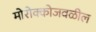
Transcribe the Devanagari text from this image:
मोरोक्कोजवळील